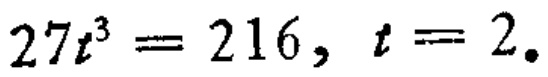
\(27t^{3}=216,\ t = 2.\)